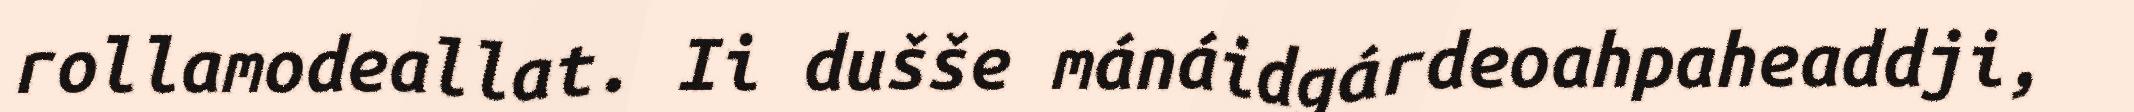
rollamodeallat. Ii dušše mánáidgárdeoahpaheaddji,